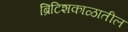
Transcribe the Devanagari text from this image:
ब्रिटिशकाळातील